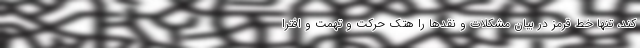
کند، تنها خط قرمز در بیان مشکلات و نقد‌ها را هتک حرکت و تهمت و افترا